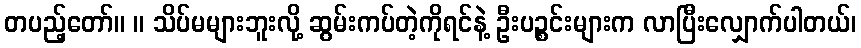
တပည့်တော်။ ။ သိပ်မများဘူးလို့ ဆွမ်းကပ်တဲ့ကိုရင်နဲ့ ဦးပဉ္စင်းများက လာပြီးလျှောက်ပါတယ်၊